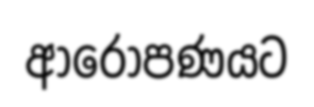
ආරෝපණයට